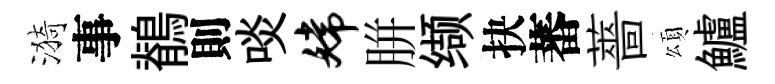
漪事鶺則啖嫦胼缬抉蕃薔頌鱸